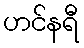
ဟင်နရီ